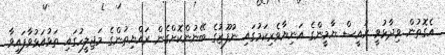
އެގޮތުން ވިދާޅުވީ ރައީސް ޔާމީންގެ އަނިޔާވެރިކަމުގައި ނުފޫޒުގެ ބޭނުންކޮށްގެން ރައްޔިތުންގެ މަޖިލީހުގައި ތަޅުއަޅުވާފައިވާ